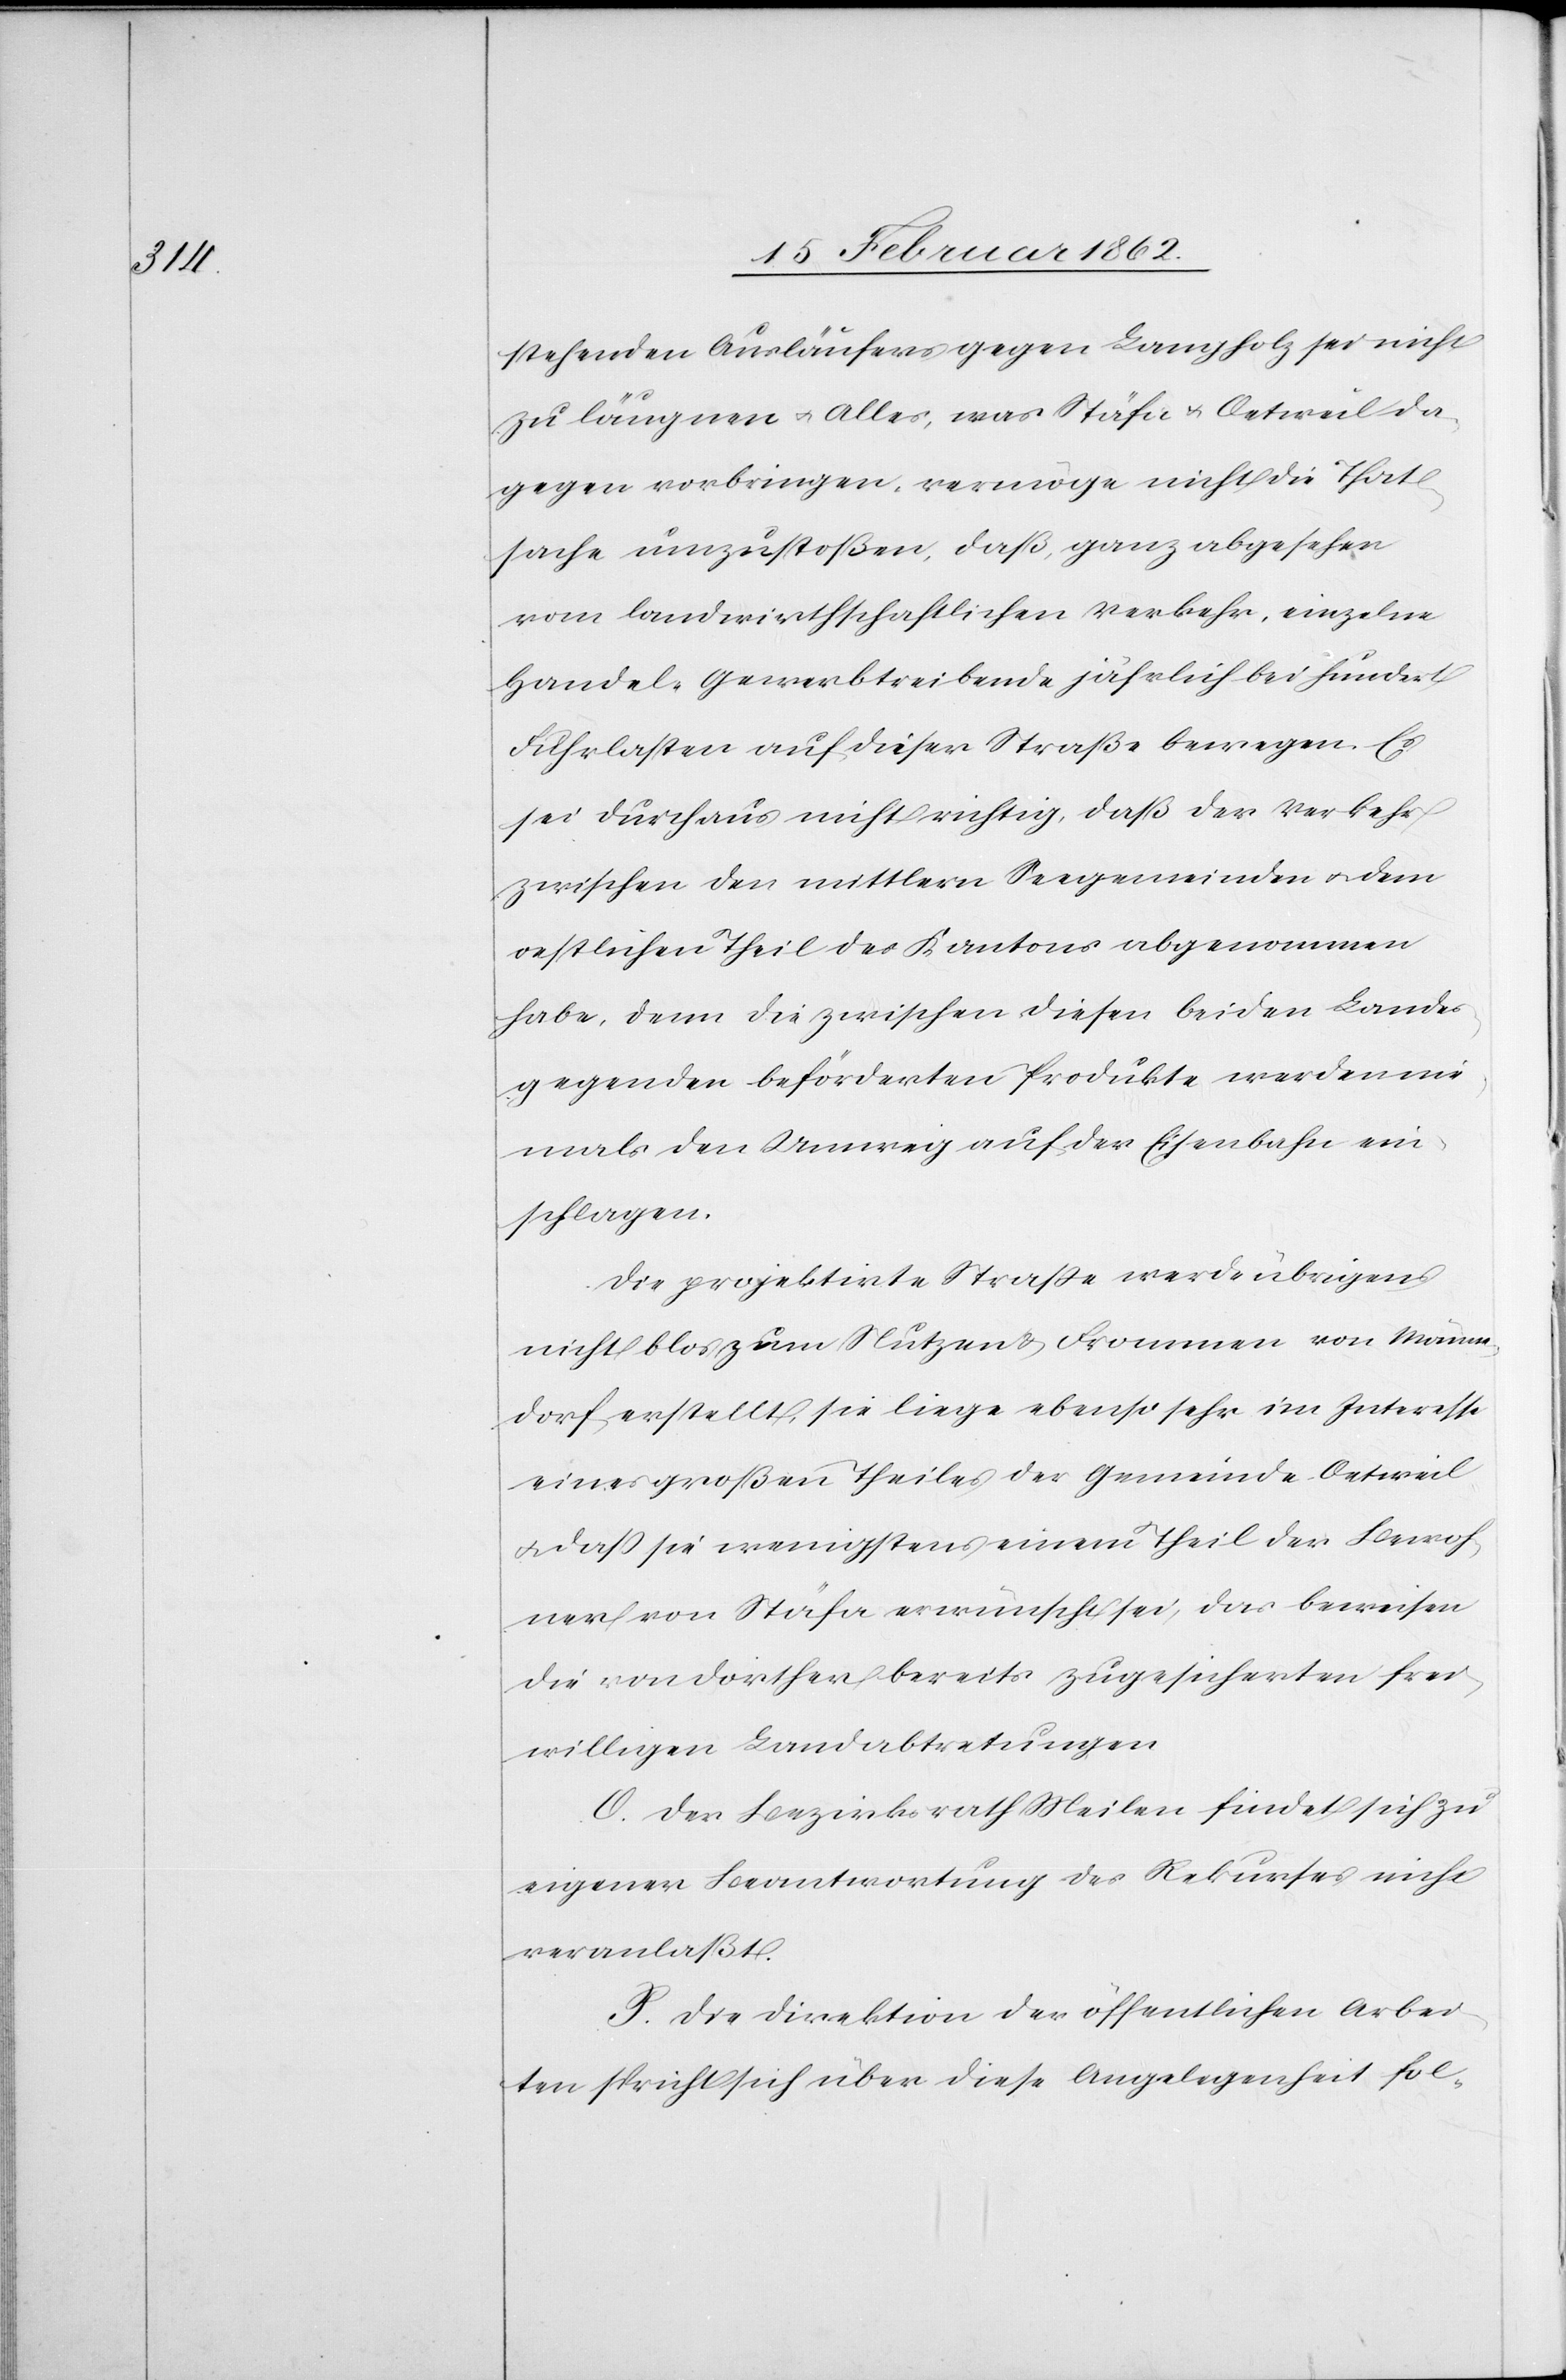
stehenden Ausläufers gegen Langholz sei nicht
zu läugnen u. Alles, was Stäfa u. Oetweil da¬
gegen vorbringen, vermöge nicht die That¬
sache umzustoßen, daß, ganz abgesehen
vom landwirthschaftlichen Verkehr, einzelne
Handel-Gewerbtreibende jährlich bei hundert
Fuhrlasten auf dieser Straße bewegen. Es
sei durchaus nicht richtig, daß der Verkehr
zwischen den mittlern Seegemeinden u. dem
restlichen Theil des Kantons abgenommen
habe, denn die zwischen diesen beiden Landes¬
gegenden beförderten Produkte werden nie¬
mals den Umweg auf der Eisenbahn ein¬
schlagen.
Die projektirte Straße werde übrigens
nicht blos zum Nutzen & Frommen von Männe¬
dorf erstellt, sie liege ebenso sehr im Interesse
eines großen Theiles der Gemeinde Oetweil
u. daß sie wenigstens einem Theil der Bewoh¬
ner von Stäfa erwünscht sei, das beweisen
die von dorther bereits zugesicherten frei¬
willigen Landabtretungen.
O. Der Bezirksrath Meilen findet sich zu
eigener Beantwortung des Rekurses nicht
veranlaßt.
P. Die Direktion der öffentlichen Arbei¬
ten spricht sich über diese Angelegenheit fol-